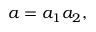
a = a _ { 1 } a _ { 2 } ,